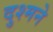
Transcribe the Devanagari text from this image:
दुश्मने